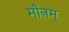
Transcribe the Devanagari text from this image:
मौनम्‌